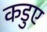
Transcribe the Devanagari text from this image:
कडुए